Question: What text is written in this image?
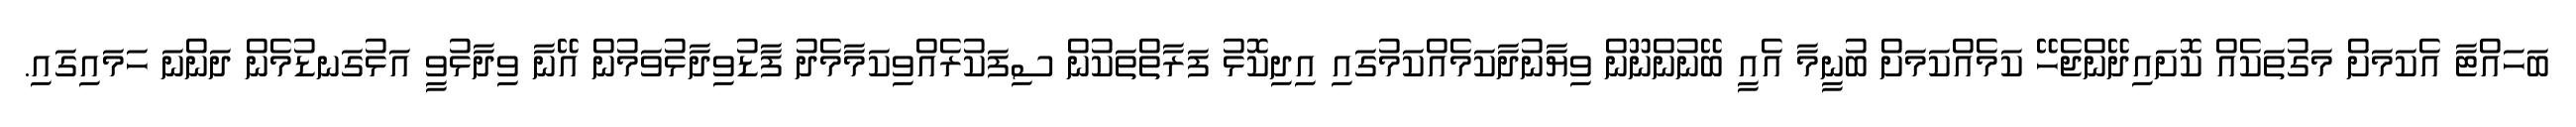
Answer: ބަހައްޓާ އެކަމަށް މަގުތަކެއް ކޮށައިދޭންޖެހޭ ކަމެއްކަމަށް ބުނީމާ އެއީ ބޭނުންނޫން ވިޔާނުދާކަމެއްކަމުގައި އިދިކޮޅު ފަރާތްތަކުން ސިފަކުރެއްވިކަމާމެދު ފާޑުވިދާޅުވަމުން އޭނާ ވިދާޅުވީ އަޅުގަނޑުމެން ދަންނަ ހަމައިގައި.